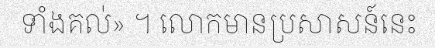
ទាំងគល់» ។ លោកមានប្រសាសន៍នេះ